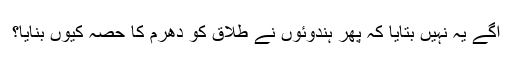
آگے یہ نہیں بتایا کہ پھر ہندوئوں نے طلاق کو دھرم کا حصہ کیوں بنایا؟